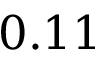
0 . 1 1